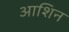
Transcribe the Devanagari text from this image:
आशिन